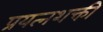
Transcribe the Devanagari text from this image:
प्रयत्‍नशक्ती